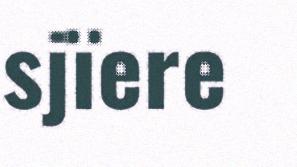
sjïere